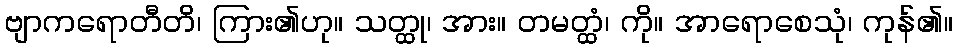
ဗျာကရောတီတိ၊ ကြား၏ဟု။ သတ္ထု၊ အား။ တမတ္ထံ၊ ကို။ အာရောစေသုံ၊ ကုန်၏။